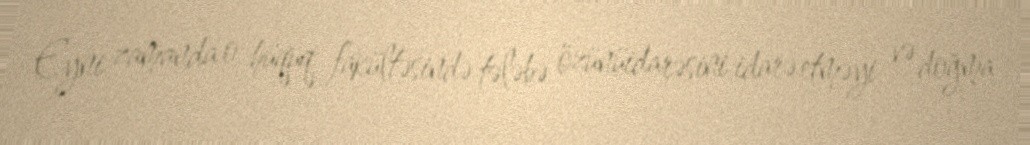
Eyni zamanda o, hüquq fakültəsində tələbə özünüidarəsini idarə etməyi və doğma